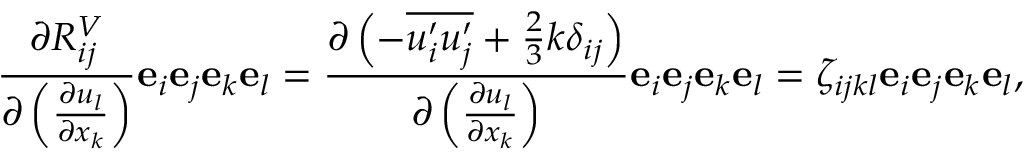
\frac { \partial R _ { i j } ^ { V } } { \partial \left( \frac { \partial u _ { l } } { \partial x _ { k } } \right) } \mathbf { e } _ { i } \mathbf { e } _ { j } \mathbf { e } _ { k } \mathbf { e } _ { l } = \frac { \partial \left( - \overline { { u _ { i } ^ { \prime } u _ { j } ^ { \prime } } } + \frac { 2 } { 3 } k \delta _ { i j } \right) } { \partial \left( \frac { \partial u _ { l } } { \partial x _ { k } } \right) } \mathbf { e } _ { i } \mathbf { e } _ { j } \mathbf { e } _ { k } \mathbf { e } _ { l } = \zeta _ { i j k l } \mathbf { e } _ { i } \mathbf { e } _ { j } \mathbf { e } _ { k } \mathbf { e } _ { l } ,